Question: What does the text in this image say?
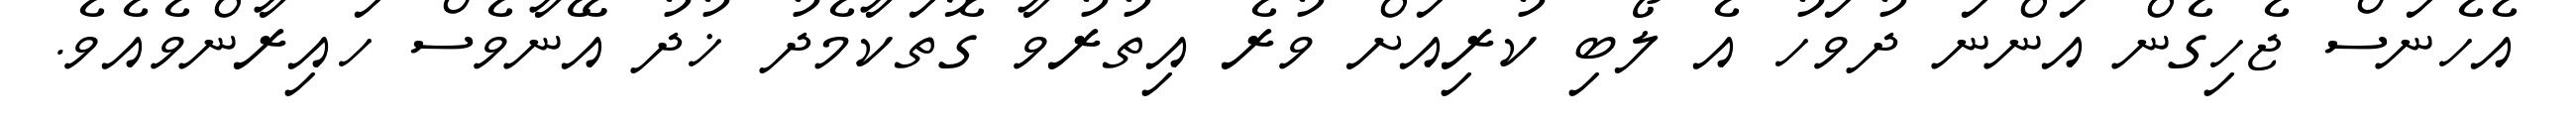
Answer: އެހެނަސް ޖެހިގެން އަންނަ ދުވަހު އެ ލޯބި ކުރިއަށް ވުރެ އިތުރުވާ ގޮތަކާމެދު ޚުދު އޭނާވެސް ހައިރާންވެއެވެ.